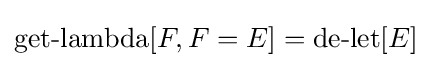
\operatorname {get-lambda} [F,F=E]=\operatorname {de-let} [E]